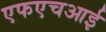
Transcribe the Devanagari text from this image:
एफएचआई